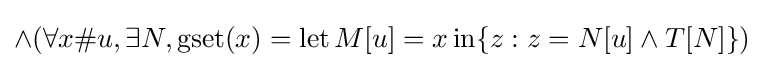
\land (\forall x\#u,\exists N,\operatorname {gset} (x)=\operatorname {let} M[u]=x\operatorname {in} \{z:z=N[u]\land T[N]\})